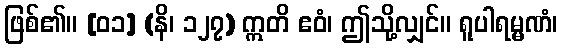
ဖြစ်၏။ [၀၁] (နိ၊ ၁၂၇) ဣတိ ဧဝံ၊ ဤသို့လျှင်။ ရူပါရမ္မဏံ၊